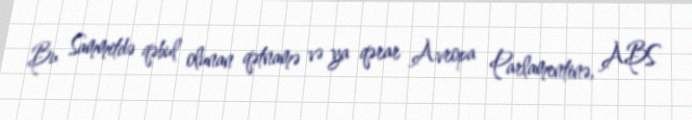
Bu Sammitdə qəbul olunan qətnamə və ya qərar Avropa Parlamentinə, ABS